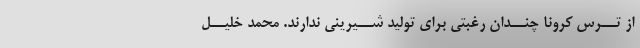
از تــرس کرونا چنــدان رغبتى براى تولید شــیرینى ندارند. محمد خلیــل